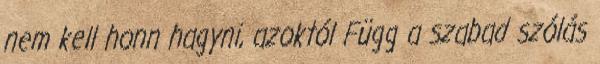
nem kell honn hagyni, azoktól Függ a szabad szólás